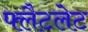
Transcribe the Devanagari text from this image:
फ्लैटलेट